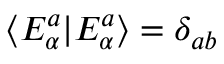
\langle E _ { \alpha } ^ { a } | E _ { \alpha } ^ { a } \rangle = \delta _ { a b }